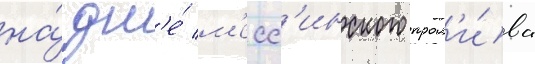
на́ дн'е́ м'есс'инского прол'и́ва